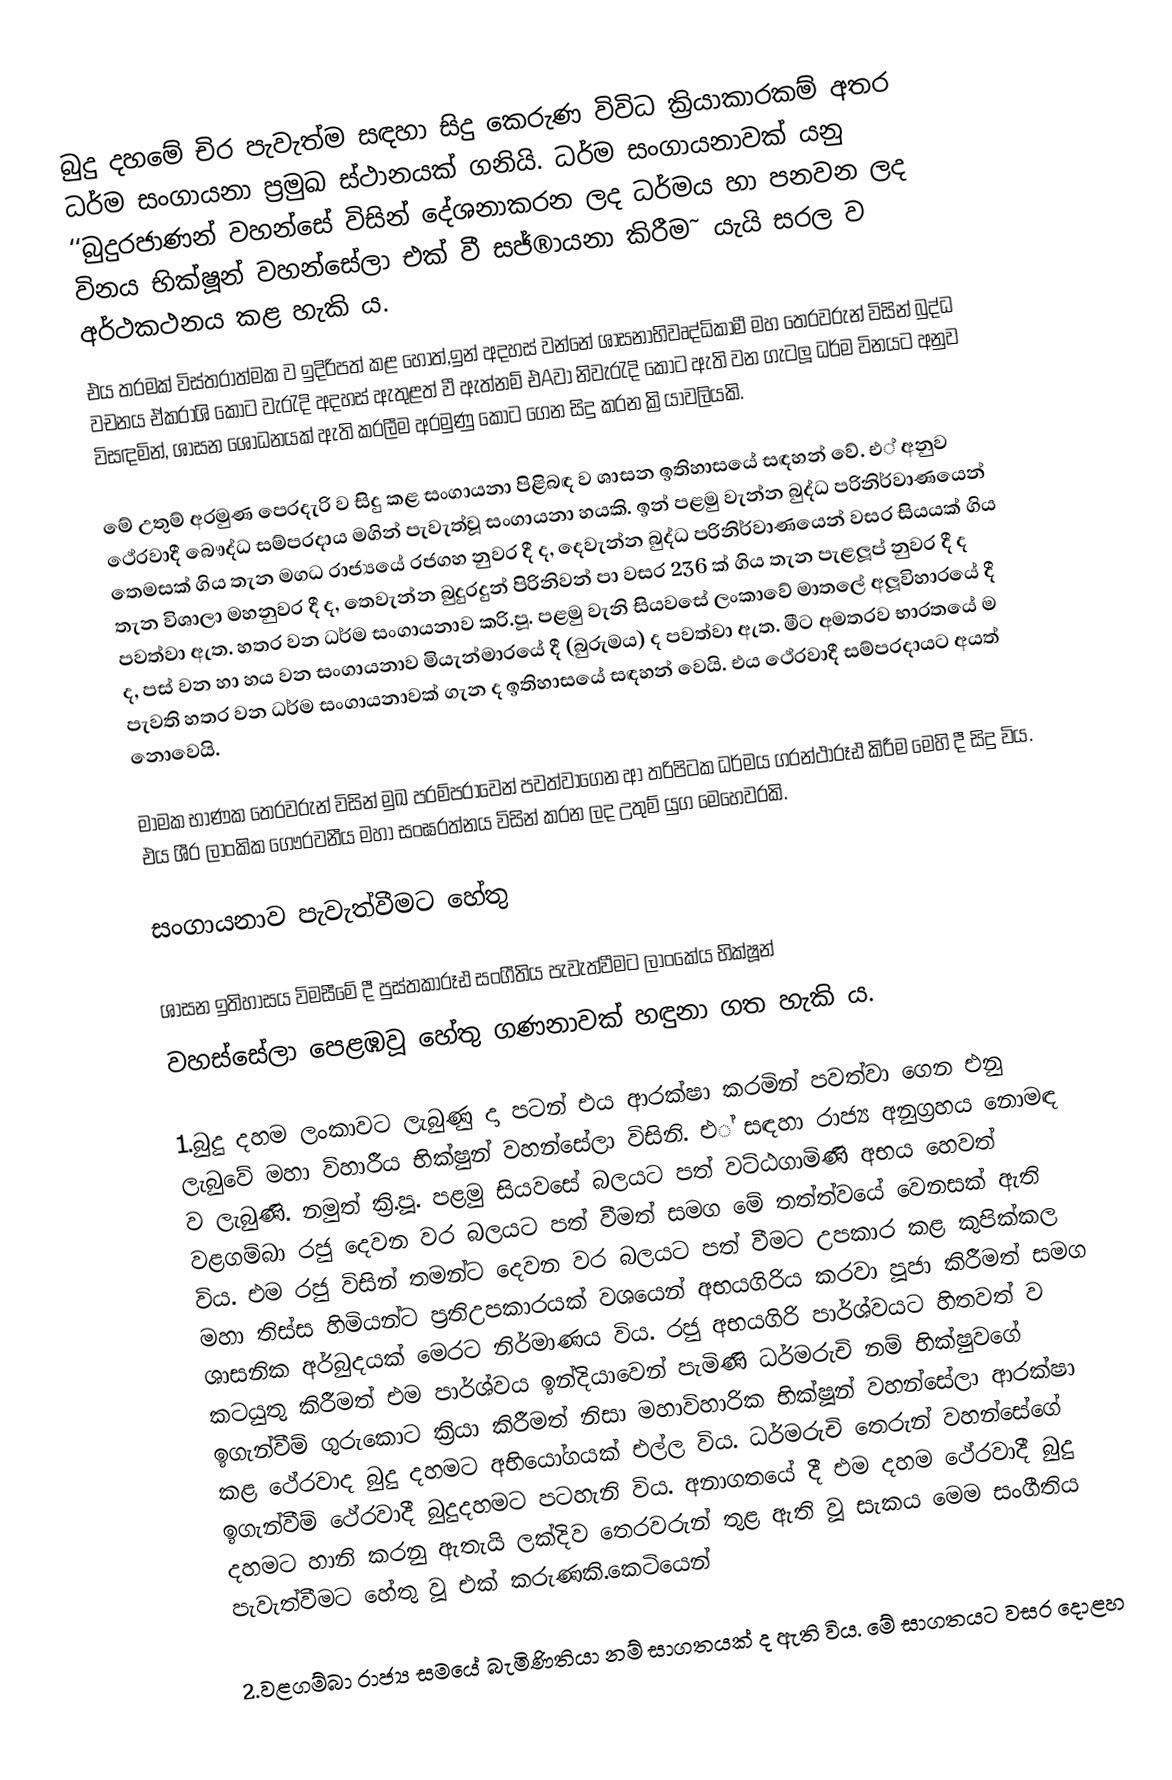
බුදු දහමේ චිර පැවැත්ම සඳහා සිදු කෙරුණ විවිධ ක්‍රියාකාරකම් අතර ධර්ම සංගායනා ප්‍රමුඛ ස්ථානයක් ගනියි. ධර්ම සංගායනාවක් යනු ‘‘බුදුරජාණන් වහන්සේ විසින් දේශනාකරන ලද ධර්මය හා පනවන ලද විනය භික්ෂූන් වහන්සේලා එක් වී සජ්®ායනා කිරීම˜ යැයි සරල ව අර්ථකථනය කළ හැකි ය.
එය තරමක් විස්තරාත්මක ව ඉදිරිපත් කළ හොත්,ඉන් අදහස් වන්නේ ශාසනාභිවෘද්ධිකාමී මහ තෙරවරුන් විසින් බුද්ධ වචනය ඒකරාශි කොට වැරැදි අදහස් ඇතුළත් වී ඇත්නම් එAවා නිවැරැදි කොට ඇති වන ගැටලූ ධර්ම විනයට අනුව විසඳමින්, ශාසන ශෝධනයක් ඇති කරලීම අරමුණු කොට ගෙන සිදු කරන ක්‍රියාවලියකි.

මේ උතුම් අරමුණ පෙරදැරි ව සිදු කළ සංගායනා පිළිබඳ ව ශාසන ඉතිහාසයේ සඳහන් වේ. එ් අනුව ථේරවාදී බෞද්ධ සම්ප‍්‍රදාය මගින් පැවැත්වූ සංගායනා හයකි. ඉන් පළමු වැන්න බුද්ධ පරිනිර්වාණයෙන් තෙමසක් ගිය තැන මගධ රාජ්‍යයේ රජගහ නුවර දී ද, දෙවැන්න බුද්ධ පරිනිර්වාණයෙන් වසර සියයක් ගිය තැන විශාලා මහනුවර දී ද, තෙවැන්න බුදුරදුන් පිරිනිවන් පා වසර 236 ක් ගිය තැන පැළලූප් නුවර දී ද පවත්වා ඇත. හතර වන ධර්ම සංගායනාව ක‍්‍රි.පූ. පළමු වැනි සියවසේ ලංකාවේ මාතලේ අලූවිහාරයේ දී ද, පස් වන හා හය වන සංගායනාව මියැන්මාරයේ දී (බුරුමය) ද පවත්වා ඇත. මීට අමතරව භාරතයේ ම පැවති හතර වන ධර්ම සංගායනාවක් ගැන ද ඉතිහාසයේ සඳහන් වෙයි. එය ථේරවාදී සම්ප‍්‍රදායට අයත් නොවෙයි.

 මාමක භාණක තෙරවරුන් විසින් මුඛ පරම්පරාවෙන් පවත්වාගෙන ආ ත‍්‍රිපිටක ධර්මය ග‍්‍රන්ථාරූඪ කිරීම මෙහි දී සිදු විය. එය ශී‍්‍ර ලාංකික ගෞරවනීය මහා සංඝරත්නය විසින් කරන ලද උතුම් යුග මෙහෙවරකි.

සංගායනාව පැවැත්වීමට හේතු

ශාසන ඉතිහාසය විමසීමේ දී පුස්තකාරූඪ සංගීතිය පැවැත්වීමට ලාංකේය භික්ෂූන්
වහස්සේලා පෙළඹවූ හේතු ගණනාවක් හඳුනා ගත හැකි ය.

1.බුදු දහම ලංකාවට ලැබුණු දා පටන් එය ආරක්ෂා කරමින් පවත්වා ගෙන එනු ලැබුවේ මහා විහාරීය භික්ෂුන් වහන්සේලා විසිනි. එ් සඳහා රාජ්‍ය අනුග‍්‍රහය නොමඳ ව ලැබුණි. නමුත් ක‍්‍රි.පූ. පළමු සියවසේ බලයට පත් වට්ඨගාමිණි අභය හෙවත් වළගම්බා රජු දෙවන වර බලයට පත් වීමත් සමග මේ තත්ත්වයේ වෙනසක් ඇති විය. එම රජු විසින් තමන්ට දෙවන වර බලයට පත් වීමට උපකාර කළ කුපික්කල මහා තිස්ස හිමියන්ට ප‍්‍රතිඋපකාරයක් වශයෙන් අභයගිරිය කරවා පූජා කිරීමත් සමග ශාසනික අර්බුදයක් මෙරට නිර්මාණය විය. රජු අභයගිරි පාර්ශ්වයට හිතවත් ව කටයුතු කිරීමත් එම පාර්ශ්වය ඉන්දියාවෙන් පැමිණි ධර්මරුචි නම් භික්ෂුවගේ ඉගැන්වීම් ගුරුකොට ක‍්‍රියා කිරීමත් නිසා මහාවිහාරික භික්ෂූන් වහන්සේලා ආරක්ෂා කළ ථේරවාද බුදු දහමට අභියෝගයක් එල්ල විය. ධර්මරුචි තෙරුන් වහන්සේගේ ඉගැන්වීම් ථේරවාදී බුදුදහමට පටහැනි විය. අනාගතයේ දී එම දහම ථේරවාදී බුදු දහමට හානි කරනු ඇතැයි ලක්දිව තෙරවරුන් තුළ ඇති වූ සැකය මෙම සංගීතිය පැවැත්වීමට හේතු වූ එක් කරුණකි.කෙටියෙන්

2.වළගම්බා රාජ්‍ය සමයේ බැමිණිතියා නම් සාගතයක් ද ඇති විය. මේ සාගතයට වසර දොළහ